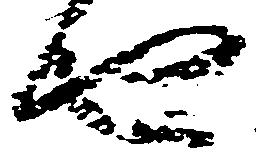
由